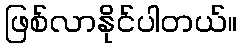
ဖြစ်လာနိုင်ပါတယ်။